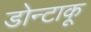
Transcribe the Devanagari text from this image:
डोन्टाकू